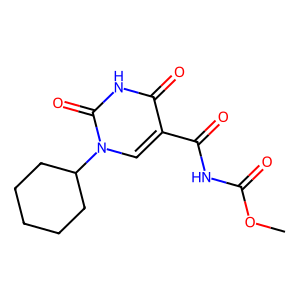
SMILES: COC(=O)NC(=O)c1cn(C2CCCCC2)c(=O)[nH]c1=O
Inhibits HIV replication: No